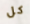
كل